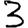
Digit: 3